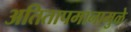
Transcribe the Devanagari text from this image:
अतितापमानामुळे